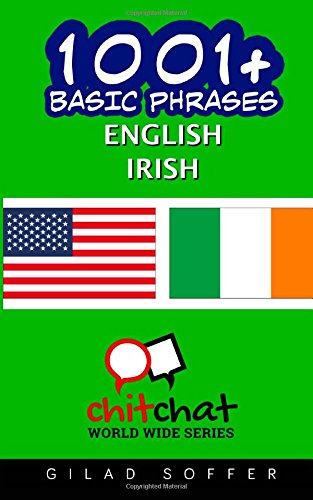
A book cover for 1001+ Basic Phrases English - Irish; Gilad Soffer; Travel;